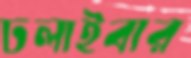
ঢলাইবার